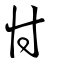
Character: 忖